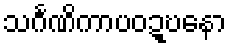
သင်္ဂဏိကာပဝဍ္ဎနော